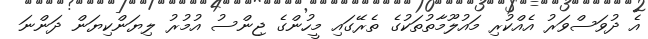
އެ ދުވަސްވަރު އެއްކުރި މައުލޫމާތުތަކުގެ ތެރޭގައި މީހުންގެ ޖިންސު އުމުރު ލިޔަންކިޔަން ދަންނަ